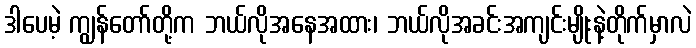
ဒါပေမဲ့ ကျွန်တော်တို့က ဘယ်လိုအနေအထား၊ ဘယ်လိုအခင်းအကျင်းမျိုးနဲ့တိုက်မှာလဲ